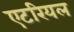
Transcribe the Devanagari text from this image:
एटरियल